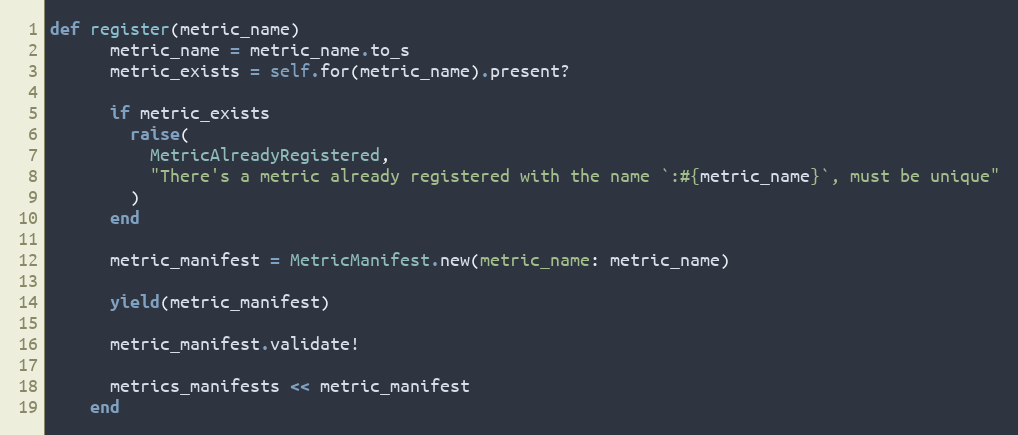
Language: Ruby
def register(metric_name)
      metric_name = metric_name.to_s
      metric_exists = self.for(metric_name).present?

      if metric_exists
        raise(
          MetricAlreadyRegistered,
          "There's a metric already registered with the name `:#{metric_name}`, must be unique"
        )
      end

      metric_manifest = MetricManifest.new(metric_name: metric_name)

      yield(metric_manifest)

      metric_manifest.validate!

      metrics_manifests << metric_manifest
    end